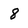
Character: 8